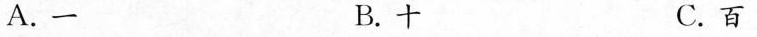
A.一 B.十 C.百